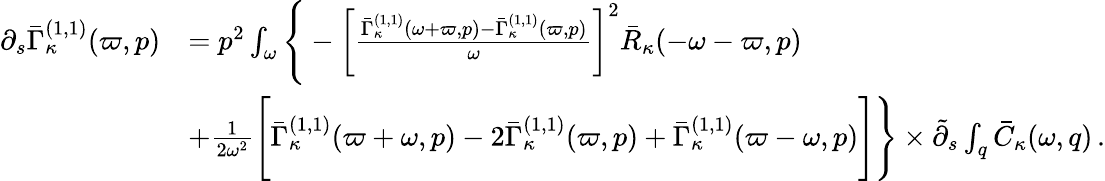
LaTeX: \begin{array}{rl}{\partial_{s}\bar{\Gamma}_{\kappa}^{(1,1)}(\varpi,p)}&{=p^{2}\int_{\omega}\Bigg\{ -\left[\frac{\bar{\Gamma}_{\kappa}^{(1,1)}(\omega+\varpi,p)-\bar{\Gamma}_{\kappa}^{(1,1)}(\varpi,p)}{\omega}\right]^{2}\bar{R}_{\kappa}(-\omega-\varpi,p)}\\ &{+\frac 1{2\omega^{2}}\Bigg[\bar{\Gamma}_{\kappa}^{(1,1)}(\varpi+\omega,p)-2\bar{\Gamma}_{\kappa}^{(1,1)}(\varpi,p)+\bar{\Gamma}_{\kappa}^{(1,1)}(\varpi-\omega,p)\Bigg]\Bigg\} \times\tilde{\partial}_{s}\int_{q}\bar{C}_{\kappa}(\omega,q)\, .}\end{array}